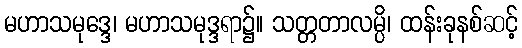
မဟာသမုဒ္ဒေ၊ မဟာသမုဒ္ဒရာ၌။ သတ္တတာလမ္ပိ၊ ထန်းခုနစ်ဆင့်